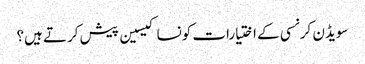
سویڈن کرنسی کے اختیارات کونسا کیسین پیش کرتے ہیں؟